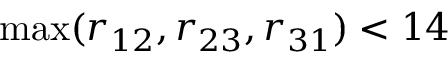
\operatorname* { m a x } ( r _ { 1 2 } , r _ { 2 3 } , r _ { 3 1 } ) < 1 4